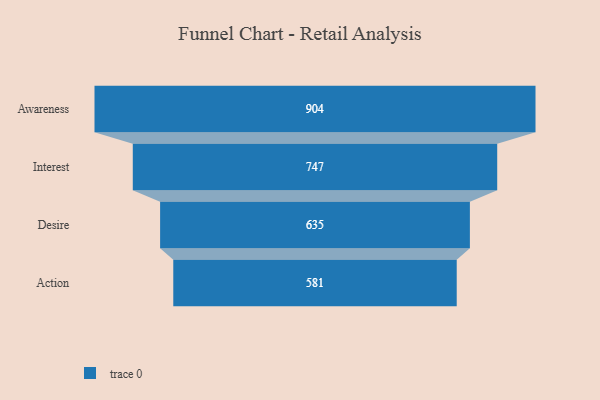
{"axis": {"x": "Stage", "y": "Value"}, "legend": [""], "data": [{"x": "Awareness", "y": 904.0, "type": ""}, {"x": "Interest", "y": 747.0, "type": ""}, {"x": "Desire", "y": 635.0, "type": ""}, {"x": "Action", "y": 581.0, "type": ""}]}